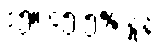
၁၅။ ၄၅.၅% နှုန်း